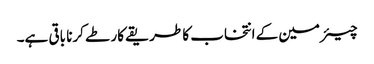
چیئرمین کے انتخاب کا طریقے کار طے کرنا باقی ہے۔